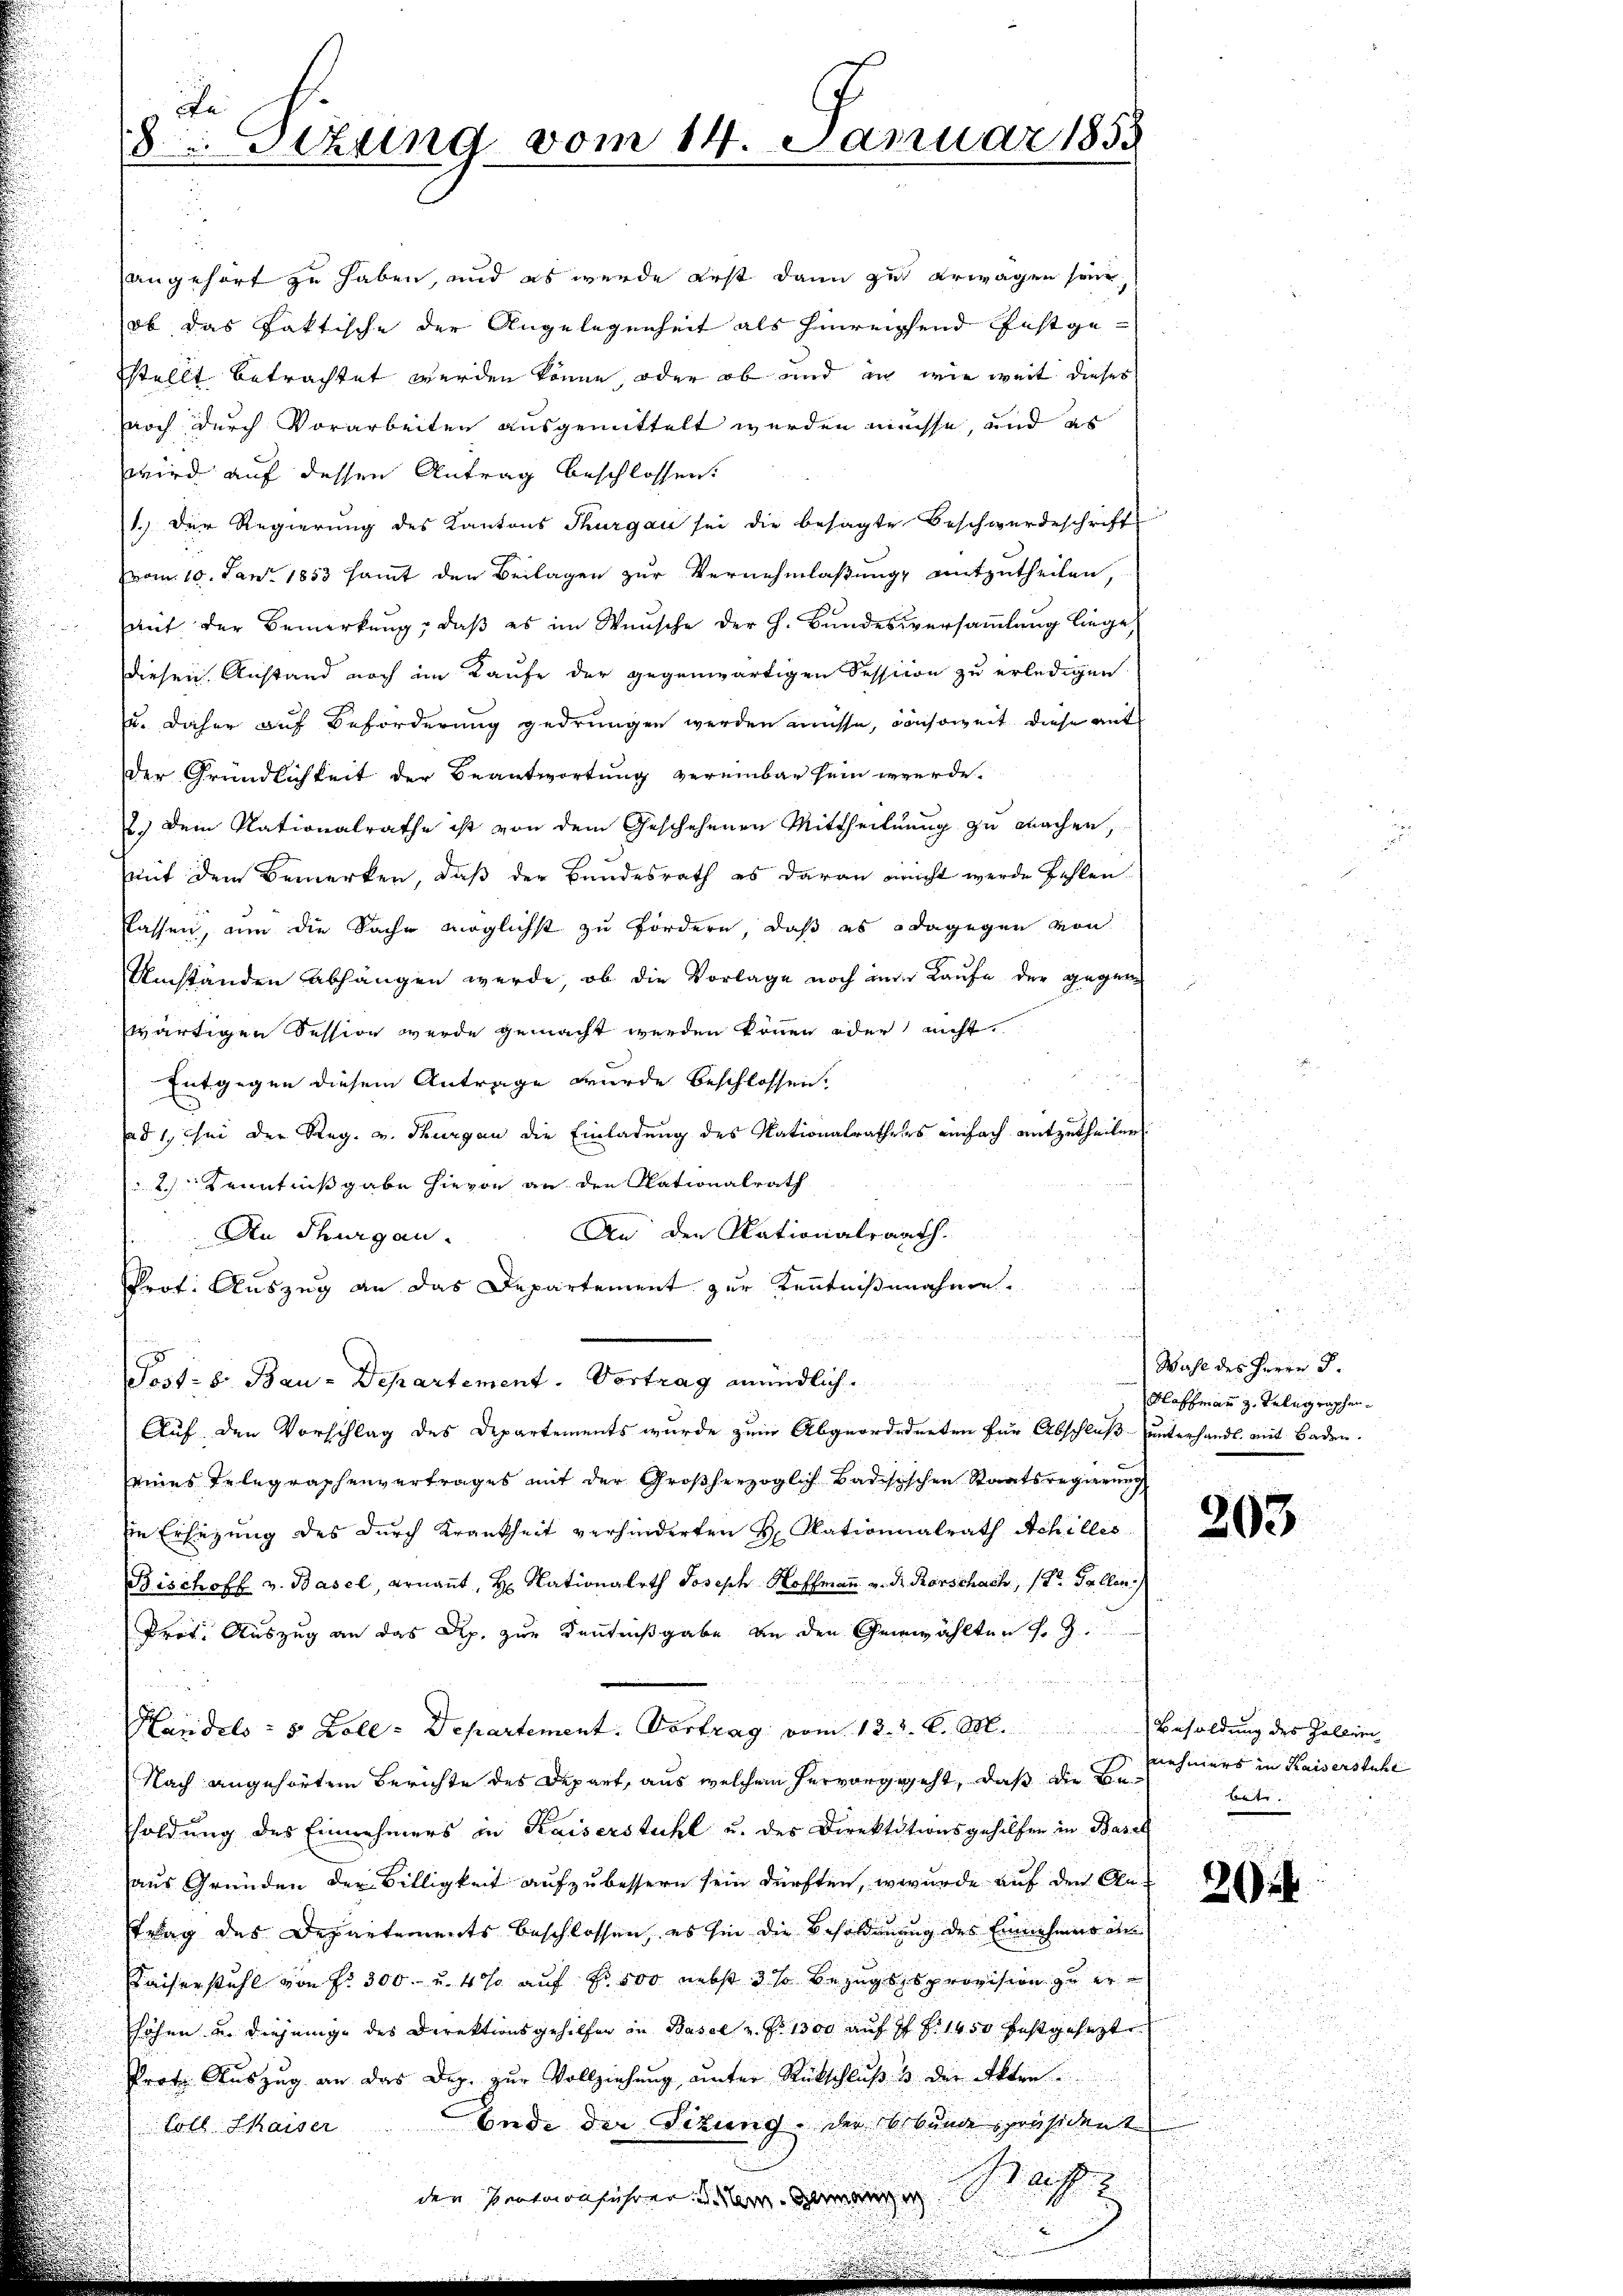
e
8 Sizung vom 14. Januar 1858
.

angehört zu haben, und es wurde erst dann zu erwagen seine
ob das faktische der Angelegenheit als hinreichend festgestellt betrachtet werden könne, oder ob und in wie weit dieses
noch durch Vorarbeiten ausgemittelt werden müsse, und es
wird auf dessen Antrag beschlossen:
1.) Der Regierung des Kantons Thurgau sei die besagte Beschwerdeschrift
vom 10. Jan. 1853 samt den Beilagen zur Vernehmlassung mitzutheilen,
aut der Bemerkung, daß es im Wunsche der h. Bundesversammlung liege,
diesen Anstand noch im Kaufe der gegenwärtigen Session zu erledigen
u. daher auf Beförderung gedrungen werden müsse, consoweit diese antder Gründlichkeit der Beantwortung vereinbar sein werde.
2.) Dem Nationalrathe ist von dem Geschehenen Mittheilung zu machen,
mit dem Bemerken, daß der Bundesrath es daran nicht werde fehlen.
flassen, um die Sache möglichst zu fördern, daß es dagegen von
Umständen abhängen werde, ob die Vorlage noch im Laufe der gegen
wärtigen dession wurde gemacht werden können oder nicht
Entgegen diesem Antrage wurde beschlossen.
ad 1., ihn der Reg. v. Thurgau die Einladung des Nationalratheses einfach mitzutheilen.
Kenntnißgabe hievon an den Rationalrath
An den Nationalraath.
An Thurgau.
Prot. Auszug an das Departement zur Kenntnißnahme.
u
u
Post- 8. Bau-Departement. Vortrag mündlich.
Auf den Vorschlag des Departements wurde zum Abgeordneten für Abschluß unterhandl. mit Baden.
eines Telegraphenvertrages mit der Großherzoglich Badisischen Staatsregierŭng
die Ersezung des durch Krankheit verhinderten H Okationalrath Achilles
Bischoff v. Basel, ernannt, H. Nationalrth Joseph Hoffmann v. d. Rorschach, (Dr. Gallen:
Prot. Auszug an das Rp. zur Kenntnißgabe an den Gewählten fr. 3.
Handels- 5 Zoll: Departement. Vortrag vom 13. d. d. M. Besoldung des Zollini
Nach angehörtem Berichte des Depart, aus welchem hervorgegeht, daß die Besoldung des Einnehmers in Kaiserstuhl u. des Direktitionsgeholfen in Basel
aus Gründen der Billigkeit aufzubessern sein dürften, wurde auf den Antrag des Departements beschlossen, es sie die Besoldung des Einnehmer an
Kaiserstuhl von Fr. 300.- u. 4 % auf Fr. 500 nebst 3 so Bezugssprovision zu erhöhen u. diejenige des Direktionsgehilfen in Basel z. S. 1300 auf 7 x 1450 festgesezt
Prote Auszug an das Dep. zur Vollziehung unter Rückschluß & der Akten
Ende der Situng der Erbundespräsident
Cöll Chaiser
n
den Pention führer unter den Stif

Wahl des Herrn J.
Hoffmann z. Telegraphen

203

nehmers in Kaiserstuhl
t

2